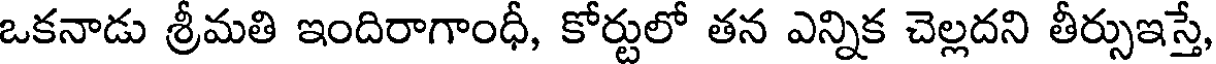
ఒకనాడు శ్రీమతి ఇందిరాగాంధీ, కోర్టులో తన ఎన్నిక చెల్లదని తీర్సుఇస్తే,